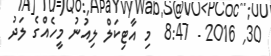
30